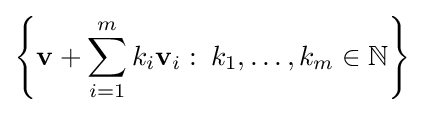
\left\{\mathbf {v} +\sum _{i=1}^{m}k_{i}\mathbf {v} _{i}\,\colon \,k_{1},\dots ,k_{m}\in \mathbb {N} \right\}